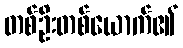
တစ်ဦးတစ်ယောက်၏